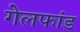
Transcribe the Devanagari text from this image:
गेलफांड